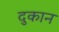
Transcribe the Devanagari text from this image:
दुकान